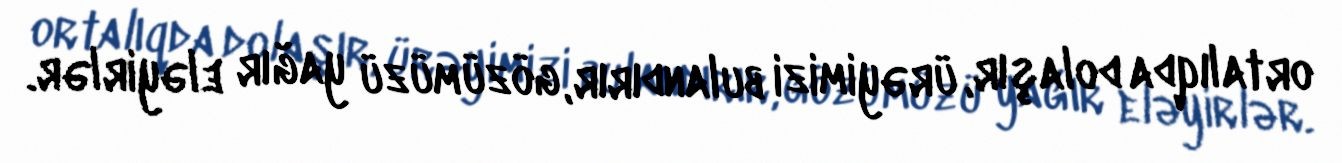
ortalıqda dolaşır, ürəyimizi bulandırır, gözümüzü yağır eləyirlər.